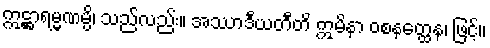
ဣဋ္ဌာရမ္မဏမ္ပိ၊ သည်လည်း။ အဿာဒီယတီတိ ဣမိနာ ဝစနတ္ထေန၊ ဖြင့်။